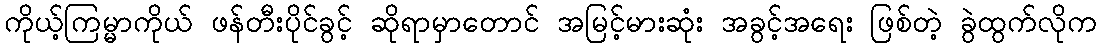
ကိုယ့်ကြမ္မာကိုယ် ဖန်တီးပိုင်ခွင့် ဆိုရာမှာတောင် အမြင့်မားဆုံး အခွင့်အရေး ဖြစ်တဲ့ ခွဲထွက်လိုက